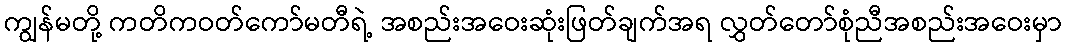
ကျွန်မတို့ ကတိကဝတ်ကော်မတီရဲ့ အစည်းအဝေးဆုံးဖြတ်ချက်အရ လွှတ်တော်စုံညီအစည်းအဝေးမှာ